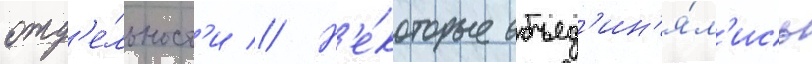
отд'е́льност'и // Н'е́которые объед'ин'я́л'ись